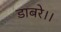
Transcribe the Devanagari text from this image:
डाबरे।।